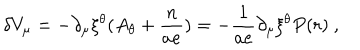
LaTeX: \delta V _ { \mu } = - \partial _ { \mu } \xi ^ { \theta } ( A _ { \theta } + \frac { n } { a e } ) = - \frac { 1 } { a e } \partial _ { \mu } \xi ^ { \theta } P ( r ) ~ ,